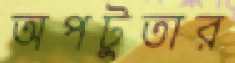
অপটুতার